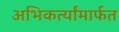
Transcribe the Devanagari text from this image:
अभिकर्त्यांमार्फत